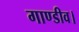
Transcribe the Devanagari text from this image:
गाण्डीव।